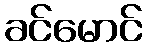
ခင်မောင်